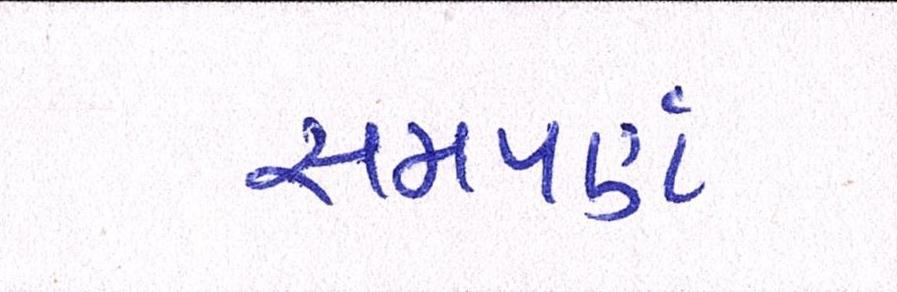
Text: સમપર્ણ